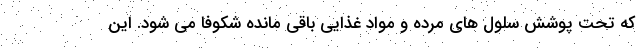
که تحت پوشش سلول های مرده و مواد غذایی باقی مانده شکوفا می شود. این